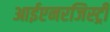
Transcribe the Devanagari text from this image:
आईएनरजिस्ट्री